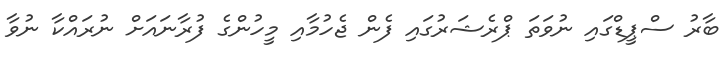
ބާރު ސްޕީޑްގައި ނުވަތަ ޕްރެޝަރުގައި ފެން ޖެހުމާއި މީހުންގެ ފުރާނައަށް ނުރައްކާ ނުވާ